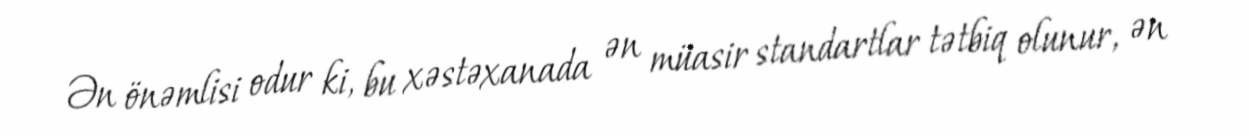
Ən önəmlisi odur ki, bu xəstəxanada ən müasir standartlar tətbiq olunur, ən